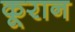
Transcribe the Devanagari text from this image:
कूरान